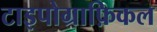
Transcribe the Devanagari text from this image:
टाइपोग्राफ़िकल